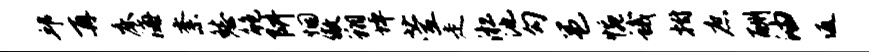
邱再床海紊愁鲍阱悃傲翔坪萱走淞池勾邕惋蛾拊庶酬油返